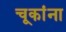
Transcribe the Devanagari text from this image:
चूकांना